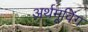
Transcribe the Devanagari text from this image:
अर्थमूविंग